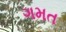
ગમત